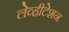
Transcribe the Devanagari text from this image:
लेव्हीटेशन